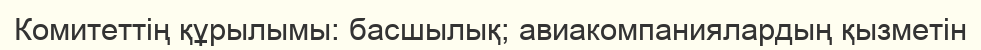
Комитеттің құрылымы: басшылық; авиакомпаниялардың қызметін